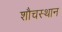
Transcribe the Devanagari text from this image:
शौचस्थान